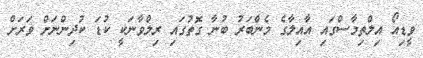
ވީޑިއޯ އިލްތިމާސްގައި އާއިލާގެ މެންބަރު ބުނާ ގޮތުގައި ރިލްވާނަކީ ކުޑަ ކުދިންނަށް ވަރަށް